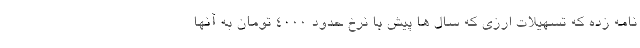
نامه زده که تسهیلات ارزی که سال ها پیش با نرخ حدود ۴۰۰۰ تومان به آنها